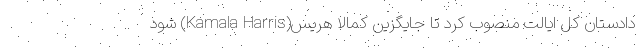
دادستان کل ایالت منصوب کرد تا جایگزین کمالا هریس(Kamala Harris) شود